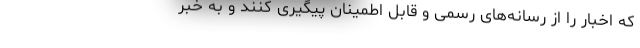
که اخبار را از رسانه‌های رسمی و قابل اطمینان پیگیری کنند و به خبر